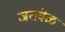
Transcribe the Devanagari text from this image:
जरावेळ